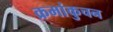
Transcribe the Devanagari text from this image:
क्रमांकुचन